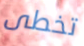
تخطى